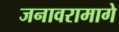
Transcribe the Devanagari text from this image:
जनावरामागे